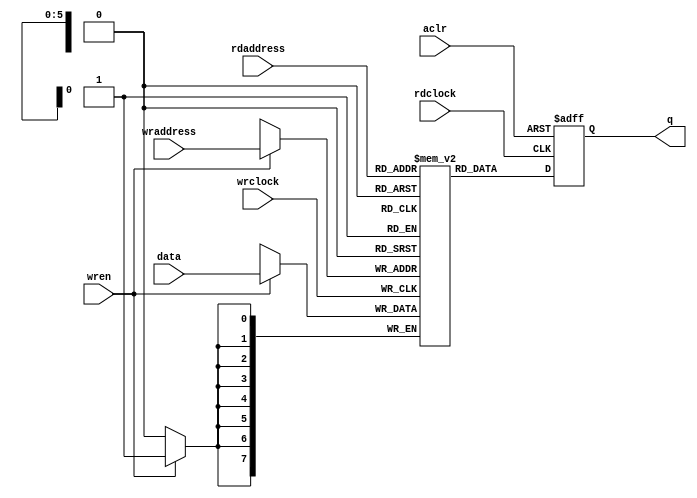
//--------------------------------------------------------------------------------------------------
// Copyright (C) 2013-2017 qiu bin 
// All rights reserved   
// Design    : bitstream_p
// Author(s) : qiu bin
// Phone 15957074161
// QQ:1517642772             
//-------------------------------------------------------------------------------------------------

module dp_ram
#(parameter DATA_WIDTH=8, parameter ADDR_WIDTH=6)
(
	input [(DATA_WIDTH-1):0] data,
	input [(ADDR_WIDTH-1):0] rdaddress, wraddress,
	input wren, rdclock, wrclock,
	output reg [DATA_WIDTH-1:0] q,
	input aclr
);
	
	reg [DATA_WIDTH-1:0] ram[2**ADDR_WIDTH-1:0];
	
	always @ (posedge wrclock)
	begin
		// Write
		if (wren)
			ram[wraddress] <= data;
	end
	
	always @ (posedge rdclock or posedge aclr)
	if (aclr)
		q <= 0;
	else
	begin
		// Read 
		q <= ram[rdaddress];
	end
	
endmodule